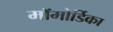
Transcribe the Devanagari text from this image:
मॉमोर्डिका